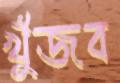
খুঁজব